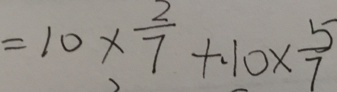
= 1 0 \times \frac { 2 } { 7 } + \cdot 1 0 \times \frac { 5 } { 7 }